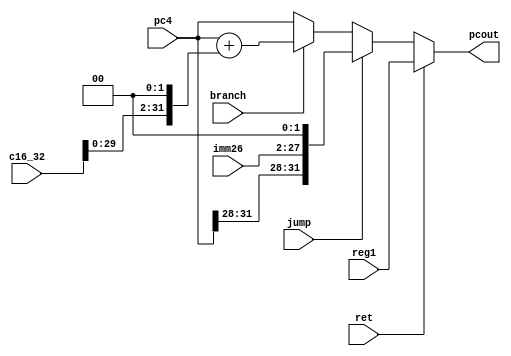
`timescale 1ns / 1ps
module npc(jump,ret,branch,imm26,c16_32,reg1,pc4,pcout);
    input jump,ret,branch;
    input [25:0]imm26;
    input [31:0]c16_32;
    input [31:0]reg1;
    input [31:0]pc4;
    output  [31:0]pcout;
    wire [31:0] pc4_ins26;
    //reg [2:0] flag;
    assign pc4_ins26 = { pc4[31:28] , imm26 , 2'b00 };
    assign pcout = ret? reg1:
        jump? pc4_ins26:
        branch? (pc4+(c16_32<<2)): pc4;
endmodule